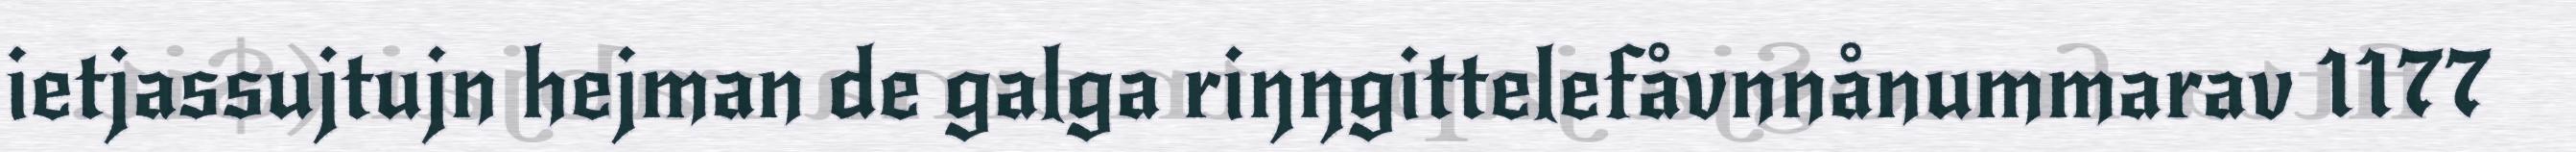
ietjassujtujn hejman de galga riŋŋgittelefåvnnånummarav 1177